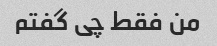
من فقط چی گفتم